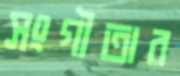
সংগীতার